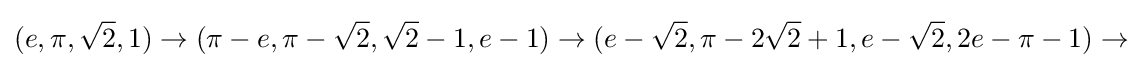
(e,\pi ,{\sqrt {2}},1)\rightarrow (\pi -e,\pi -{\sqrt {2}},{\sqrt {2}}-1,e-1)\rightarrow (e-{\sqrt {2}},\pi -2{\sqrt {2}}+1,e-{\sqrt {2}},2e-\pi -1)\rightarrow